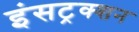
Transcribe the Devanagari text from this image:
इंसट्रक्शन